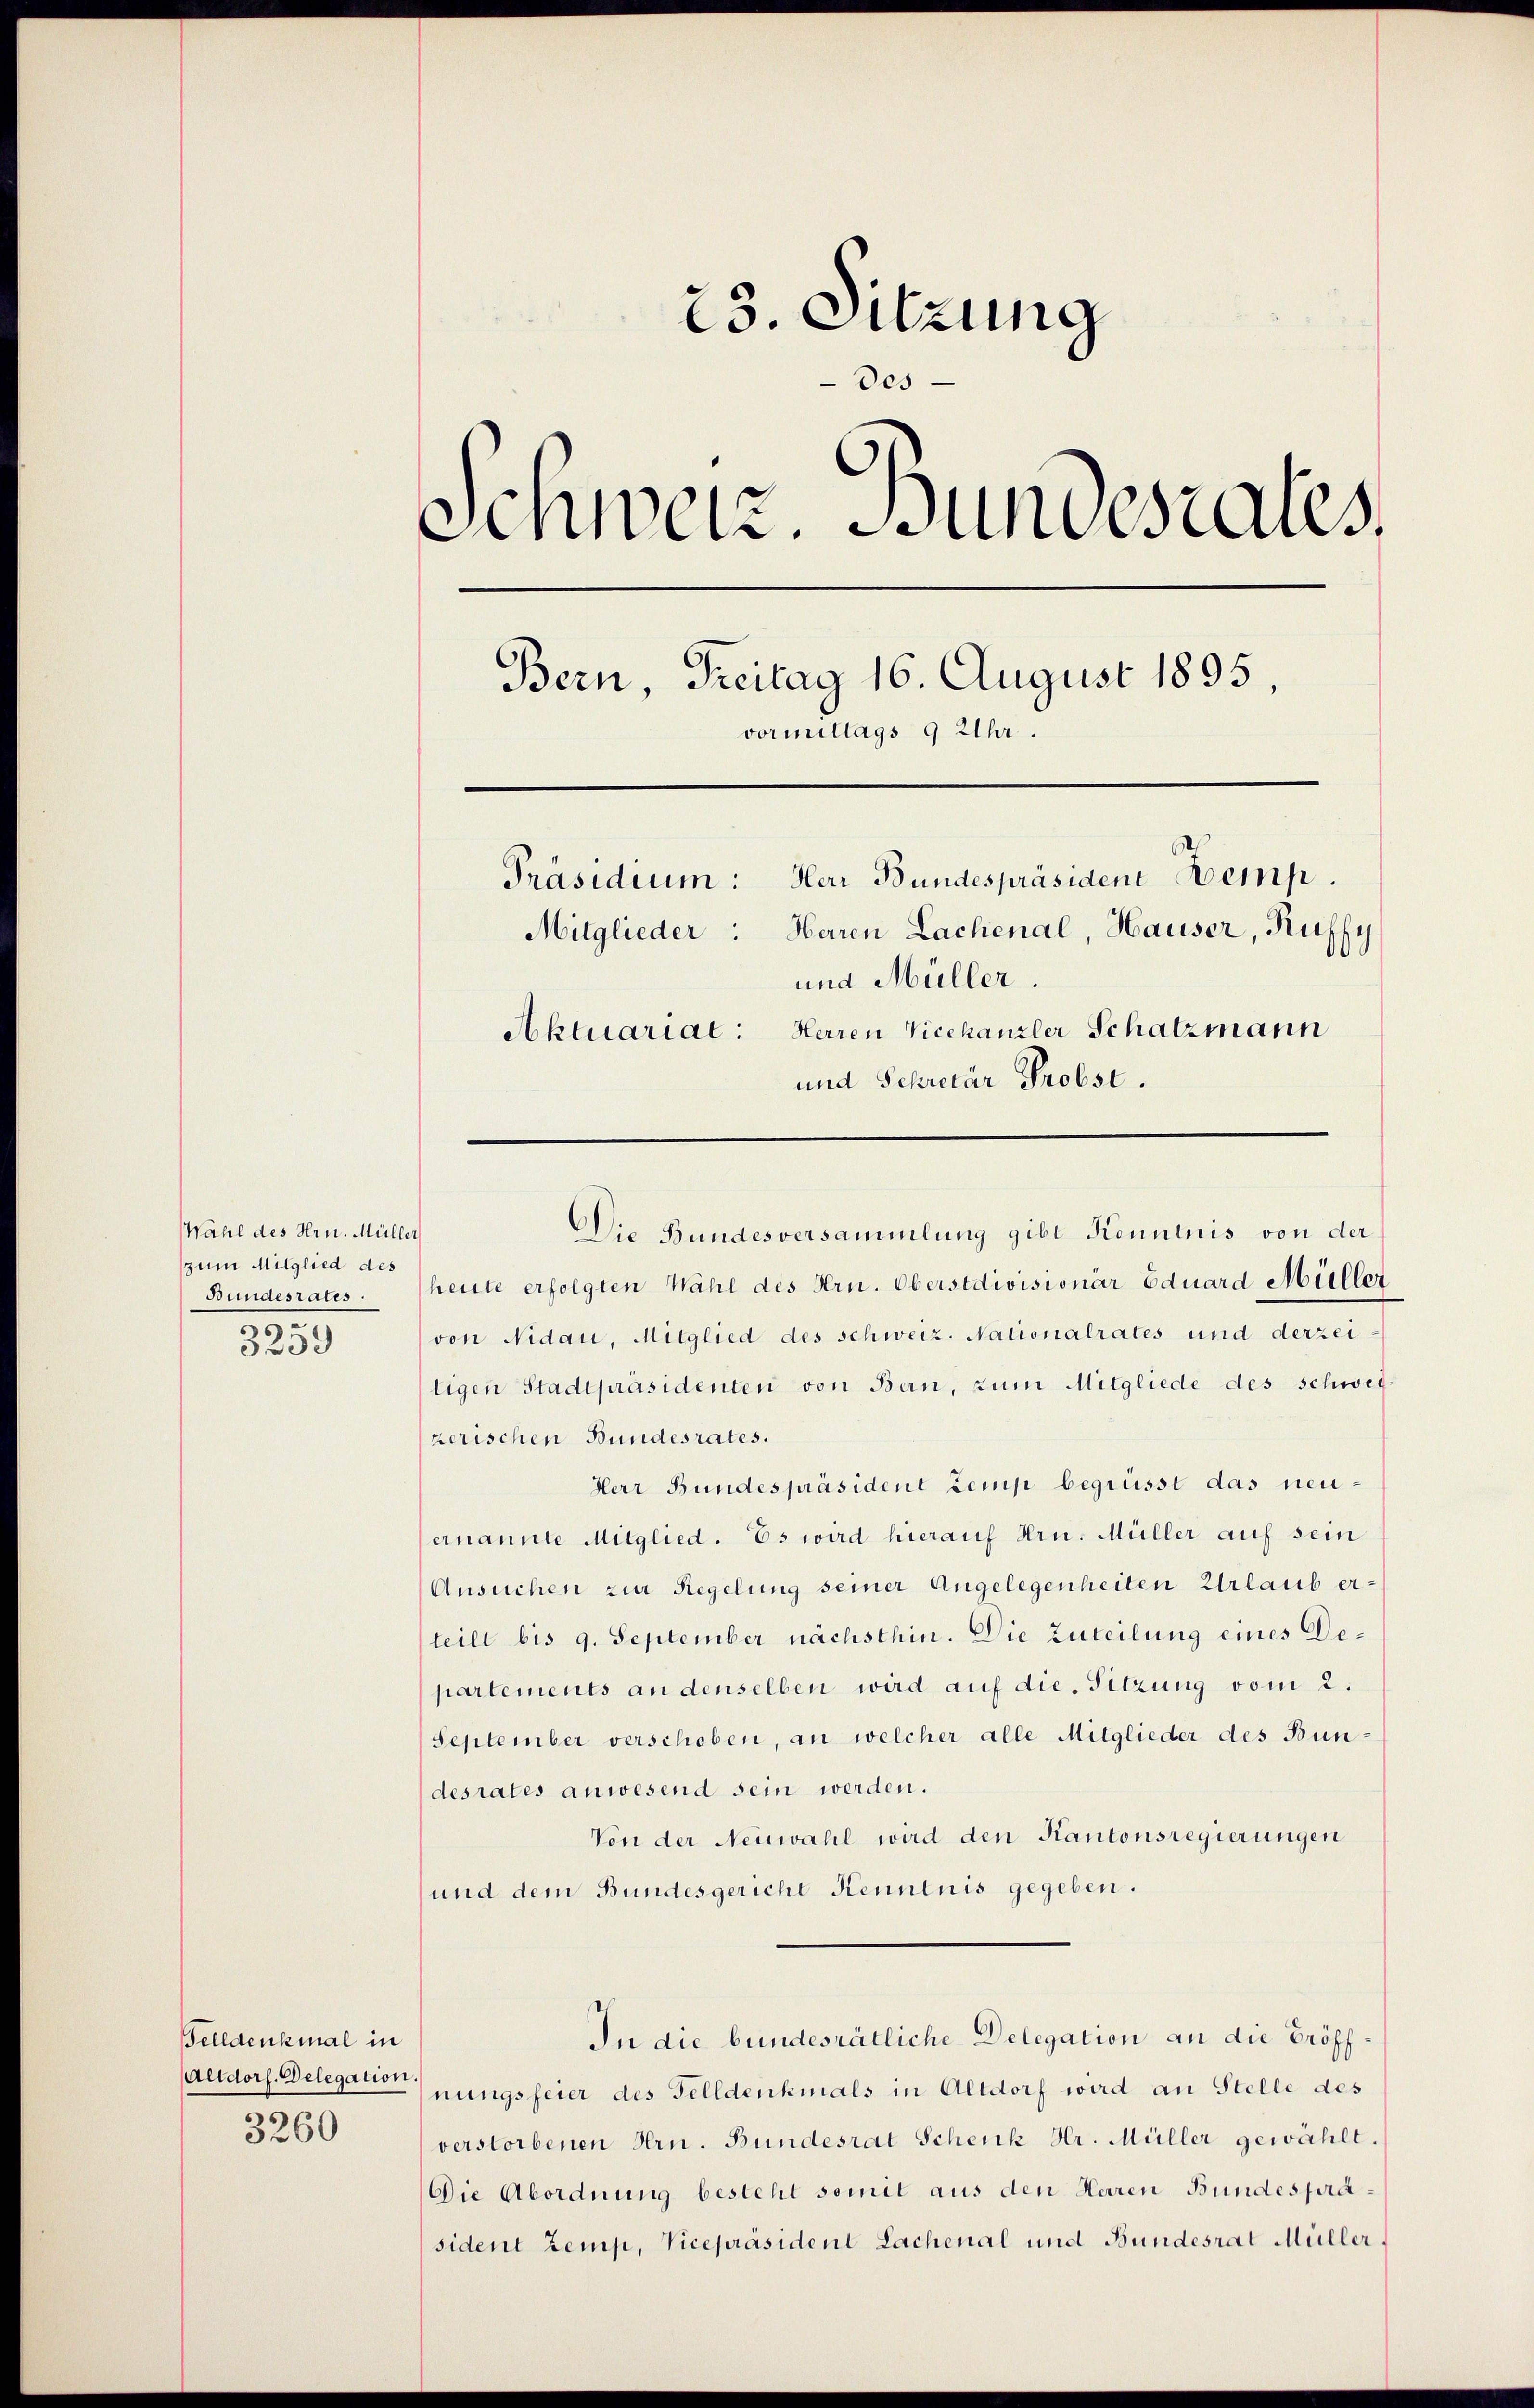
Wahl des Hrn. Müller
(zum Mitglied des
Bundesrates
.
3239

Felldenkmal in
Altdorf. Delegation
3260

23. Sitzung
Des
Schweiz. Bundesrates.
Bern, Freitag 16. August 1895,
vormittags 9 Uhr.
Präsidium: Herr Bundespräsidene Bemp.
Mitglieder: Haren Lachenal, Hauser, Kuffy
und Müller
Aktuariat: Herren Vicekanzler Schatzmann

und Sekretär Probst.

Die Bundesversammlung gibt Kenntnis von der

heute erfolgten Wahl des Hrn. Oberstdivisionär Eduard Müller
(von Nidau, Mitglied des schweiz. Nationalrates und derzeitigen Stadtpräsidenten von Bern, zum Mitgliede des schwei
zerischen Bundesrates.
Herr Bundespräsident Zemp begrüsst das neuernannte Mitglied. Es wird hierauf Hrn. Müller auf sein
Ansuchen zur Regelung seiner Angelegenheiten Urlaub erteilt bis 9. September nächsthin. Die Zuteilung eines Departements an denselben wird auf die Sitzung vom 2.
September verschoben, an welcher alle Mitglieder des Bundesrates anwesend sein werden.
Von der Neuwahl wird den Kantonsregierungen
und dem Bundesgericht Kenntnis gegeben.
In die bundesrätliche Delegation an die Eröffnungsfeier des Felldenkmals in Altdorf wird an Stelle des
verstorbenen Hrn. Bundesrat Schenk Hr. Müller gewählt.
Die Abordnung besteht somit aus den Herren Bundesprasident Zemp, Vicepräsident Lachenal und Bundesrat Müller,